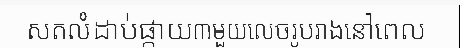
សតលំដាប់ផ្កាយ៣មួយលេចរូបរាងនៅពេល